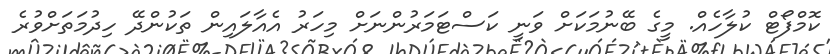
ކޮމްފޯޓް ކުލާހެއް. މީގެ ބޭނުމަކަށް ވަނީ ކަސްޓަމަރުންނަށް މިހަރު އެއާލައިން ތަކުންދޭ ހިދުމަތަށްވުރެ